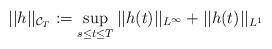
LaTeX: \begin{align*}||h||_{\mathcal{C}_T}:=\sup_{s \le t \le T} ||h(t)||_{L^{\infty}}+||h(t)||_{L^1}\end{align*}